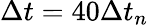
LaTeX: \Delta t=40\Delta t_{n}